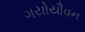
ગયોયૌવન